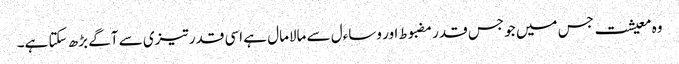
وہ معیشت جس میں جو جس قدر مضبوط اور وساءل سے مالامال ہے اسی قدر تیزی سے آگے بڑھ سکتا ہے۔